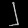
Digit: ၂